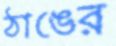
ঠাঙের